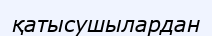
қатысушылардан